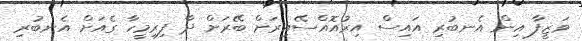
ވަޒީފާ އިން އެނބުރި އައިސް އިރުއޮއްސޭއިރަށް ބޭރަށް ދާ ފިރިމީހާ ގެއަށް އެނބުރި